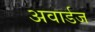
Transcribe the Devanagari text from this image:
अवार्डज